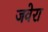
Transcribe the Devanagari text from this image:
जवेरा